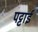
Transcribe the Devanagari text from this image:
पट्टाई